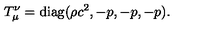
T _ { \mu } ^ { \nu } = \mathrm { d i a g } ( \rho c ^ { 2 } , - p , - p , - p ) .